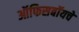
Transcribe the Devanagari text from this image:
ऑफिसबॉयचे